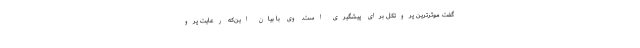
گفت موثرترین پروتکل برای پیشگیری است. وی با بیان این‌که رعایت پرو